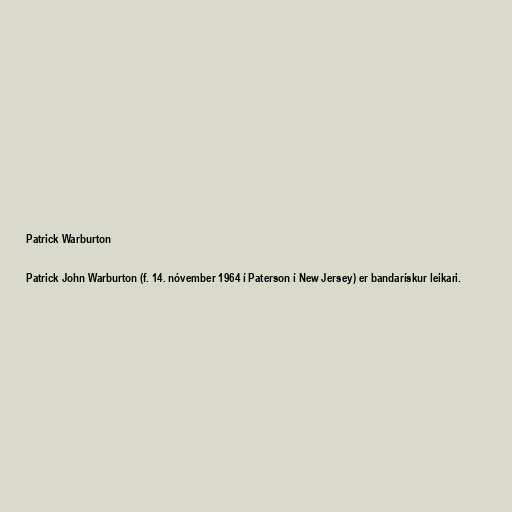
Patrick Warburton

Patrick John Warburton (f. 14. nóvember 1964 í Paterson í New Jersey) er bandarískur leikari.